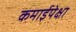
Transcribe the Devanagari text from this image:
कमाईपेक्षा